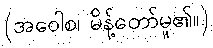
(အဝေါစ၊ မိန့်တော်မူ၏။)